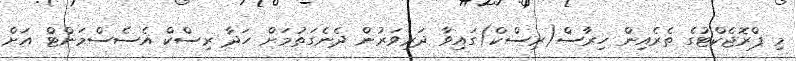
މި ޕްރޮޖެކްޓުގެ ތެރެއިން ހިރާސް(ރިސްކް)ގައިވާ ދަރިވަރުން ދެނެގަތުމަށް ހަދާ ރިސްކް އެސެސްމަންޓް އަށް